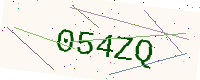
Text: 054ZQ